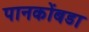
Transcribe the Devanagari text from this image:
पानकोंबडा